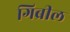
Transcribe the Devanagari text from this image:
गिब्रील